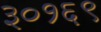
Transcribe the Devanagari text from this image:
३०१६९